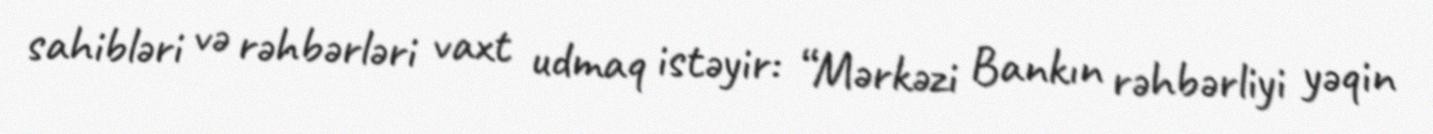
sahibləri və rəhbərləri vaxt udmaq istəyir: “Mərkəzi Bankın rəhbərliyi yəqin